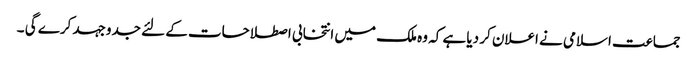
جماعت اسلامی نے اعلان کر دیا ہے کہ وہ ملک میں انتخابی اصطلاحات کے لئے جدوجہد کرے گی ۔